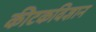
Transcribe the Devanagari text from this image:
कीटकविज्ञान